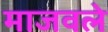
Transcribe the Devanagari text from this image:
माजवले